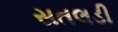
સતલડી